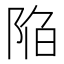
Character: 陥